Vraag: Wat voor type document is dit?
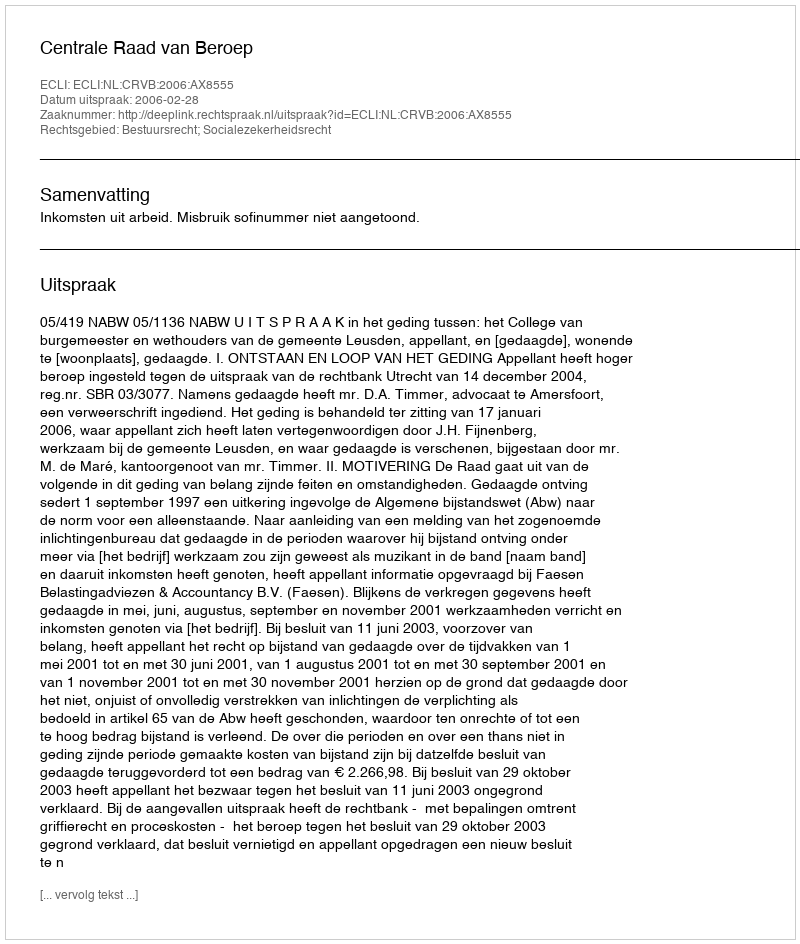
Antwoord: Uitspraak